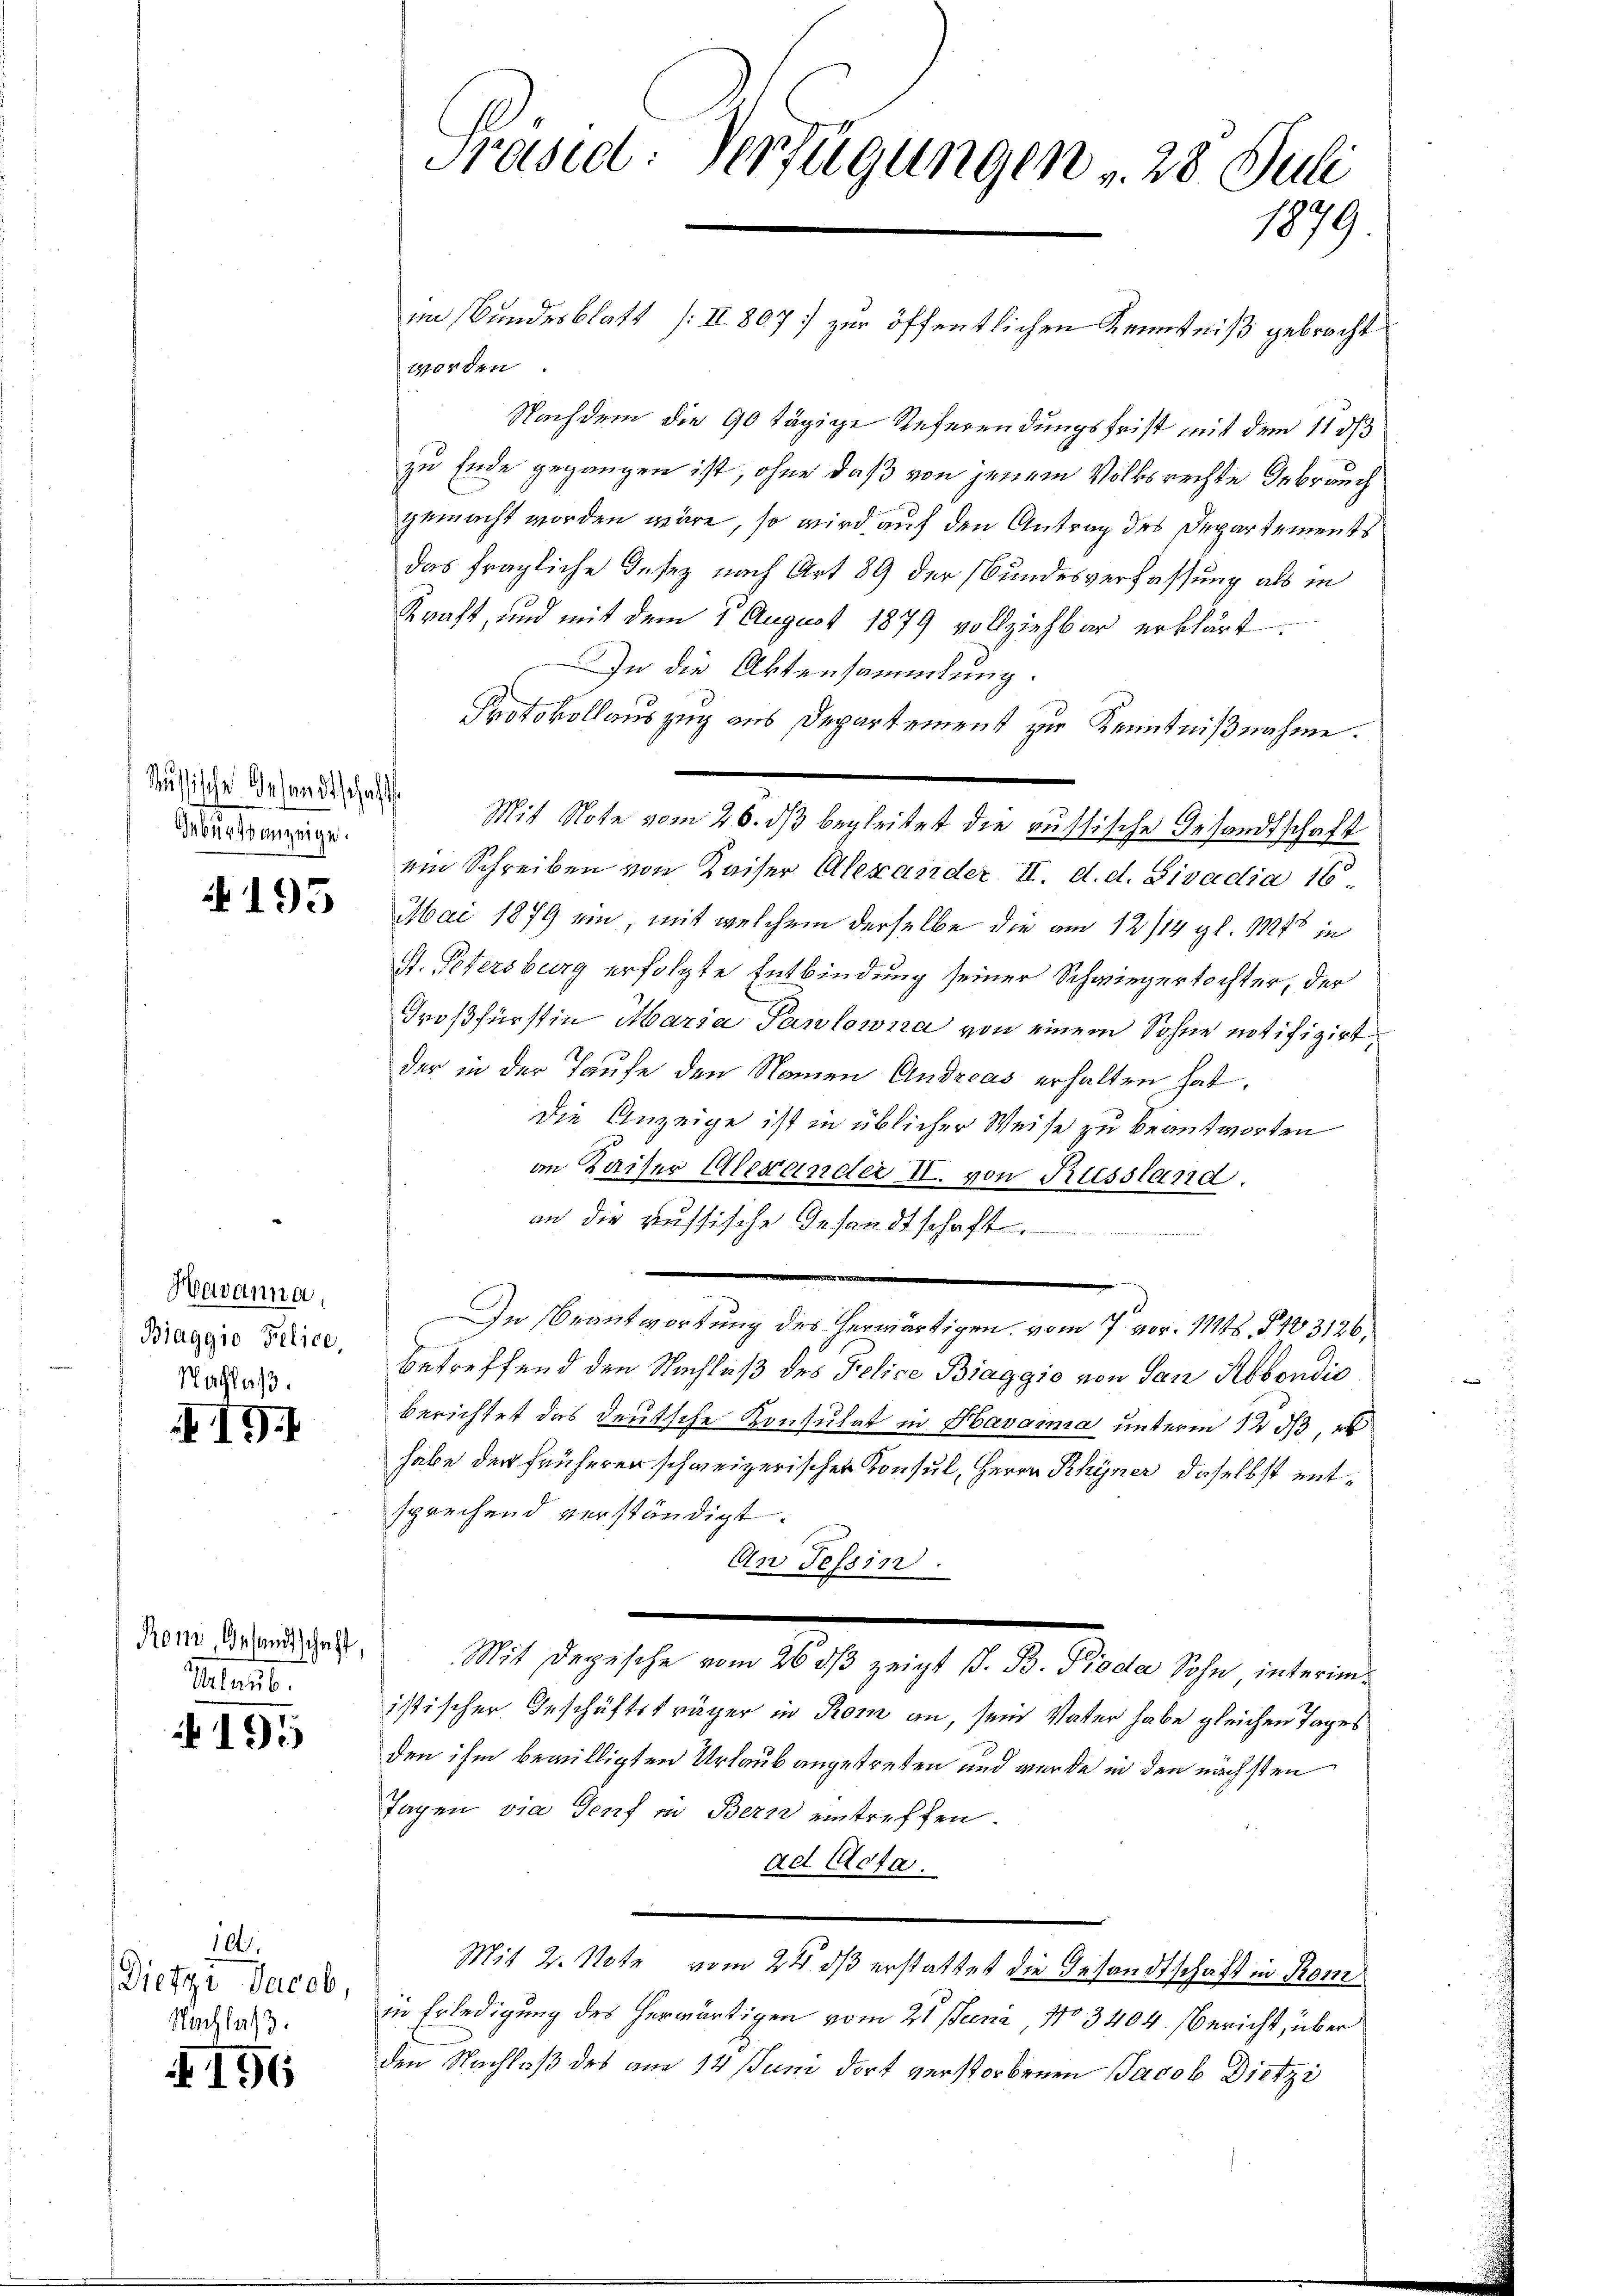
Geburtsanzeige.

195

Havanna,
Biaggio Pelice,
Nachlass

191

Ron, Gesandtschaft,
Starb.

195

100.
Dietzi Jacob,
Nachlaß.

196

Präsid: Verfügungen v. 28 Juli
1879

im Bundesblatt /: II. 807 zur öffentlichen Kenntniß gebracht
worden.
Nachdem die 90 tägige Referendungsfrist mit dem 11 d
zu Ende gegangen ist, ohne daß von jenem Volksrechte Gebrauch
gemacht worden wäre, so wird auf den Antrag des Departements
das fragliche Insez nach Art 89 der Bundesverfassung als in
Kraft, und mit dem 5 August 1879 vollziehbar erklärt.
In die Aktensammlung.
Protokollauszug aus Departement zur Kenntnißnahme.
ein Schreiben von Kaiser Alexander II. d. d. Sivadia 16.
Mai 1879 ein, mit welchem derselbe die am 12/14 gl. 11248 in
St. Petersburg erfolgte Entbindung seiner Schwiegertochter, der
Großfürstin Maria Pawlowna von einem Sohne notifizirt,
der in der Taufe den Namen Andreas erhalten hat.
Die Anzeige ist in üblicher Weise zu beantworten
an Kaiser Alexander II. von Riessland.
an die aussische Gesandtschaft
In Beantwortung des herwärtigen vom 7. vor. 1148, § 103126
betreffend den Nachluß des Gelice Biaggio von San Robendio
berichtet das deutsche Konsulat in Havaima unterm 12 ds, e
habe der früheren schweizerischer Konsul, Herrn Rhyner daselbst entsprechend verständigt.
An Tessin.
Mit Depesche vom 26. dβ zeigt s. B. Pioda Sohn interimistischer Geschäftsträger in Rom an, sein Vater habe gleichen Tages
den ihm bewilligten Urlaub angetreten und wurde in den nächsten
Tagen die Genf in Bern eintreffen.
ad Acta.
Mit 2. Note vom 21. ds erstattet die Gesandtschaft in Rom
in Erledigung des herwärtigen vom 21. Juni, No 3404. Bericht, über
den Nachlaß des am 14 Juni dort verstorbenen Jacob Dietzi

dliche Beendige Mit Note vom 26. ds begleitet die aussische Gesandtschaft